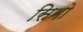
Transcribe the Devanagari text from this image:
सिमो